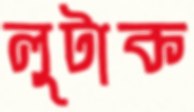
লুটাক